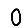
Digit: 0